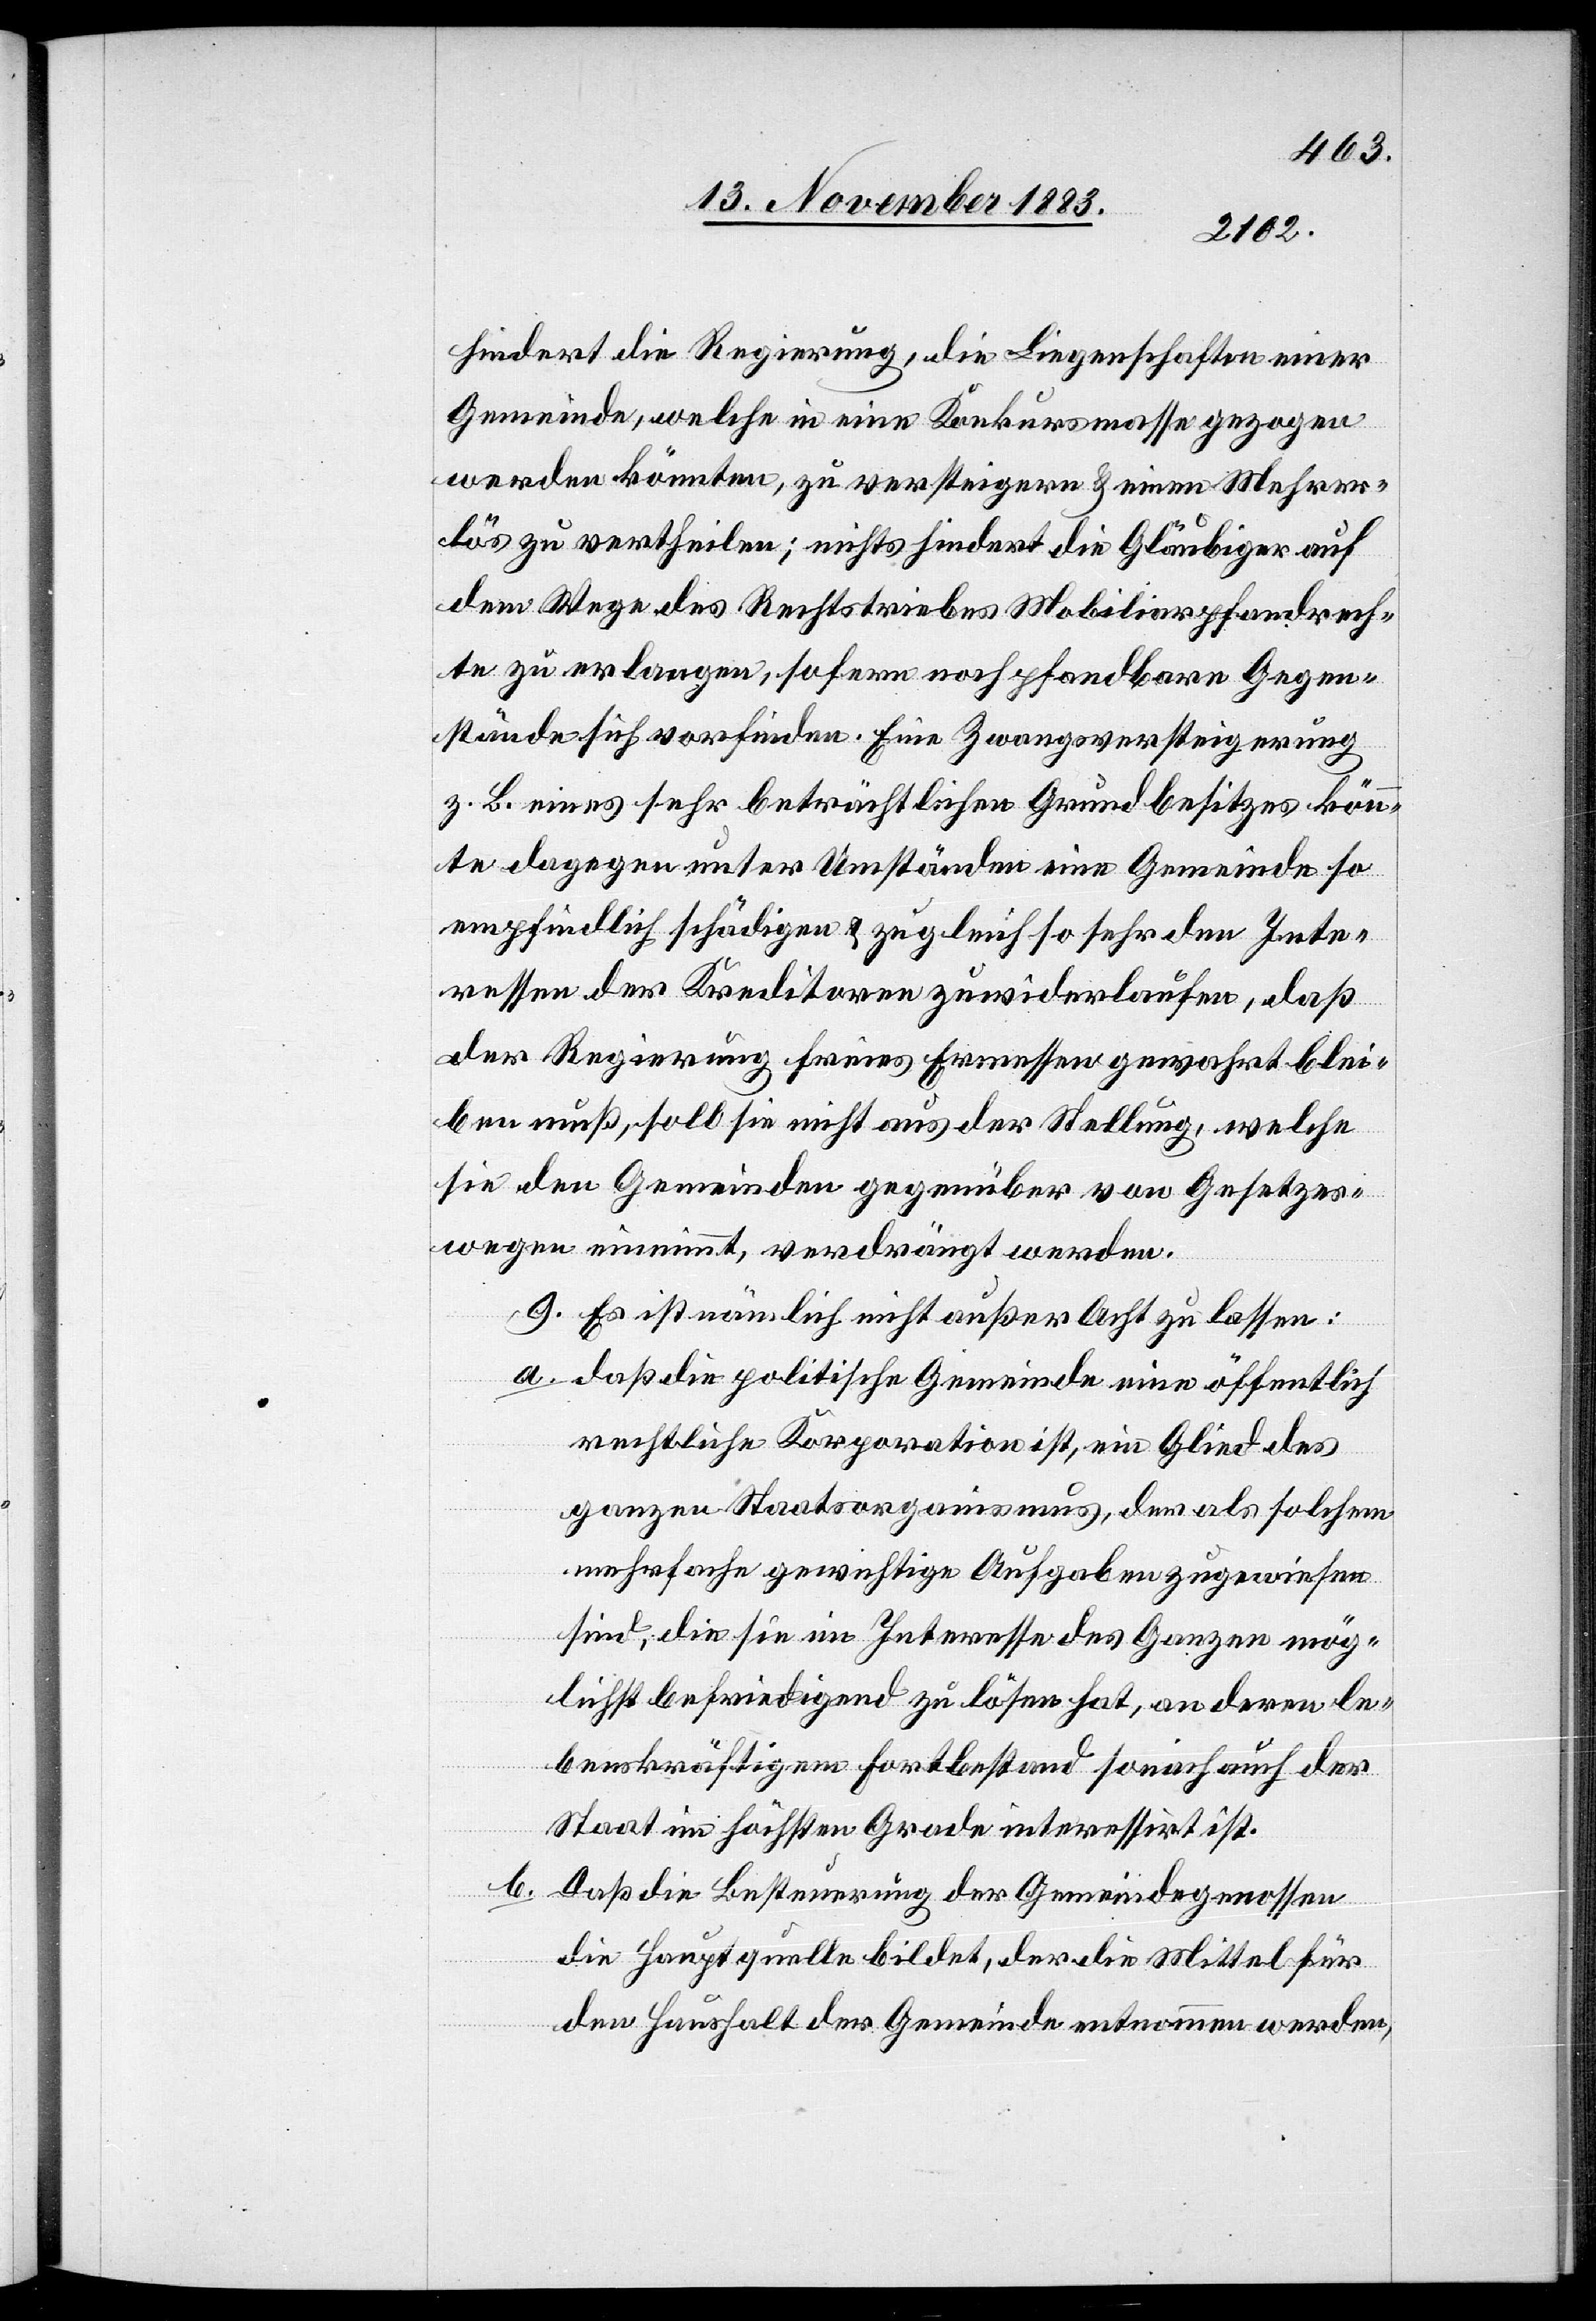
hindert die Regierung, die Liegenschaften einer
Gemeinde, welche in eine Konkursmasse gezogen
werden könnten, zu versteigern & einen Mehrer¬
lös zu vertheilen; nichts hindert die Gläubiger auf
dem Wege des Rechtstriebes Mobiliarpfandrech¬
te zu erlangen, sofern noch pfandbare Gegen¬
stände sich vorfinden. Eine Zwangsversteigerung
z. B. eines sehr beträchtlichen Grundbesitzes könn¬
te dagegen unter Umständen eine Gemeinde so
empfindlich schädigen & zugleich so sehr den Inte¬
ressen der Kreditoren zuwiderlaufen, daß
der Regierung freies Ermessen gewahrt blei¬
ben muß, soll sie nicht aus der Stellung, welche
sie den Gemeinden gegenüber von Gesetzes¬
wegen einnimmt, verdrängt werden.
9. Es ist nämlich nicht außer Acht zu lassen:
a. daß die politische Gemeinde eine öffentlich
rechtliche Korporation ist, ein Glied des
ganzen Staatsorganismus, der als solchem
mehrfache gewichtige Aufgaben zugewiesen
sind, die sie im Interesse des Ganzen mög¬
lichst befriedigend zu lösen hat, an deren le¬
benskräftigem Fortbestand sonach auch der
Staat im höchsten Grade interessirt ist.
b. Daß die Besteuerung der Gemeindegenossen
die Hauptquelle bildet, der die Mittel für
den Haushalt der Gemeinde entnommen werden,